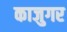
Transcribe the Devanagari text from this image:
काजुगर